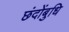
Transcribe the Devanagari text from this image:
छंदोंबुधि